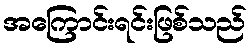
အကြောင်းရင်းဖြစ်သည်